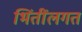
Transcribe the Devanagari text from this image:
भिंतींलगत